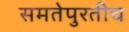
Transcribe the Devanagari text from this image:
समतेपुरतीच